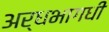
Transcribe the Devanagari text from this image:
अर्धभागधी